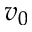
v _ { 0 }